Indian journal of veterinary science and animal husbandry - Volumes 15-17, 1948-1951
Year: 1948
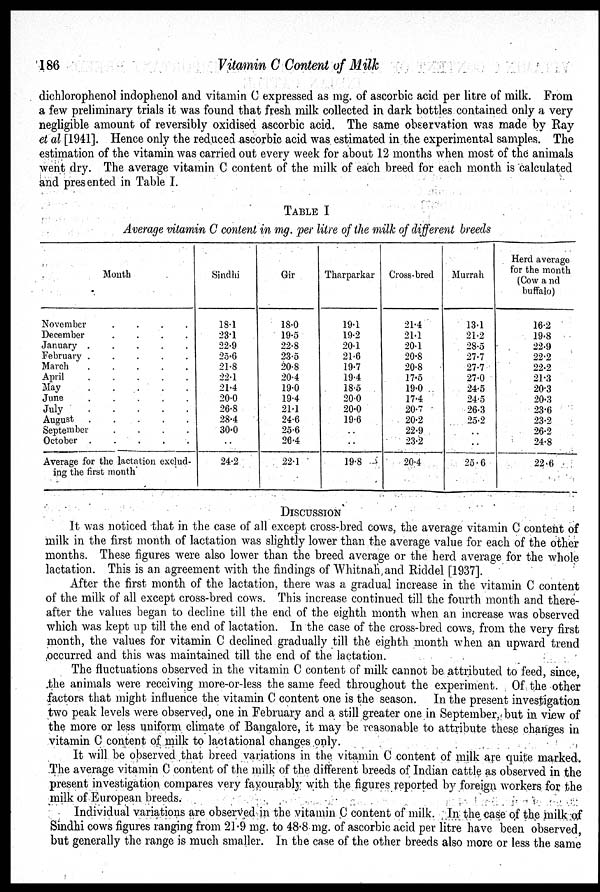
186
Vitamin C Content of Milk
dichlorophenol indophenol and vitamin C expressed as mg. of ascorbic acid per litre of milk. From
a few preliminary trials it was found that fresh milk collected in dark bottles contained only a very
negligible amount of reversibly oxidised ascorbic acid. The same observation was made by Ray
et al [1941]. Hence only the reduced ascorbic acid was estimated in the experimental samples. The
estimation of the vitamin was carried out every week for about 12 months when most of the animals
went dry. The average vitamin C content of the milk of each breed for each month is calculated
and presented in Table I.
TABLE I
Average vitamin C content in mg. per litre of the milk of different breeds
Month
November
.
.
.
.
December
.
.
.
.
January .
.
.
.
.
February .
.
.
.
.
March
.
.
.
.
.
April
.
.
.
.
.
May
.
.
.
.
.
June
.
.
.
.
.
July
.
.
.
.
.
August
.
.
.
.
.
September
.
.
.
.
October
.
.
.
.
.
Average for the lactation exclud-
ing the first month
Sindhi
18.1
23.1
22.9
25.6
21.8
22.1
21.4
20.0
26.8
28.4
30.0
..
24.2
Gir
18.0
19.5
22.8
23.5
20.8
20.4
19.0
19.4
21.1
24.6
25.6
26.4
22.1
Tharparkar
19.1
19.2
20.1
21.6
19.7
19.4
18.5
20.0
20.0
19.6
..
..
19.8
Cross-bred
21.4
21.1
20.1
20.8
20.8
17.5
19.0
17.4
20.7
20.2
22.9
23.2
20.4
Murrah
13.1
21.2
28.5
27.7
27.7
27.0
24.5
24.5
26.3
25.2
..
..
25.6
Herd average
for the month
(Cow and
buffalo)
16.2
19.8
22.9
22.2
22.2
21.3
20.3
20.3
23.6
23.2
26.2
24.8
22.6
DISCUSSION
It was noticed that in the case of all except cross-bred cows, the average vitamin C content of
milk in the first month of lactation was slightly lower than the average value for each of the other
months. These figures were also lower than the breed average or the herd average for the whole
lactation. This is an agreement with the findings of Whitnah and Riddel [1937].
After the first month of the lactation, there was a gradual increase in the vitamin C content
of the milk of all except cross-bred cows. This increase continued till the fourth month and there-
after the values began to decline till the end of the eighth month when an increase was observed
which was kept up till the end of lactation. In the case of the cross-bred cows, from the very first
month, the values for vitamin C declined gradually till the eighth month when an upward trend
occurred and this was maintained till the end of the lactation.
The fluctuations observed in the vitamin C content of milk cannot be attributed to feed, since,
the animals were receiving more-or-less the same feed throughout the experiment. Of the other
factors that might influence the vitamin C content one is the season. In the present investigation
two peak levels were observed, one in February and a still greater one in September, but in view of
the more or less uniform climate of Bangalore, it may be reasonable to attribute these changes in
vitamin C content of milk to lactational changes only.
It will be observed that breed variations in the vitamin C content of milk are quite marked.
The average vitamin C content of the milk of the different breeds of Indian cattle as observed in the
present investigation compares very favourably with the figures reported by foreign workers for the
milk of European breeds.
Individual variations are observed in the vitamin C content of milk. In the case of the milk of
Sindhi cows figures ranging from 21.9 mg. to 48.8 mg. of ascorbic acid per litre have been observed,
but generally the range is much smaller. In the case of the other breeds also more or less the same